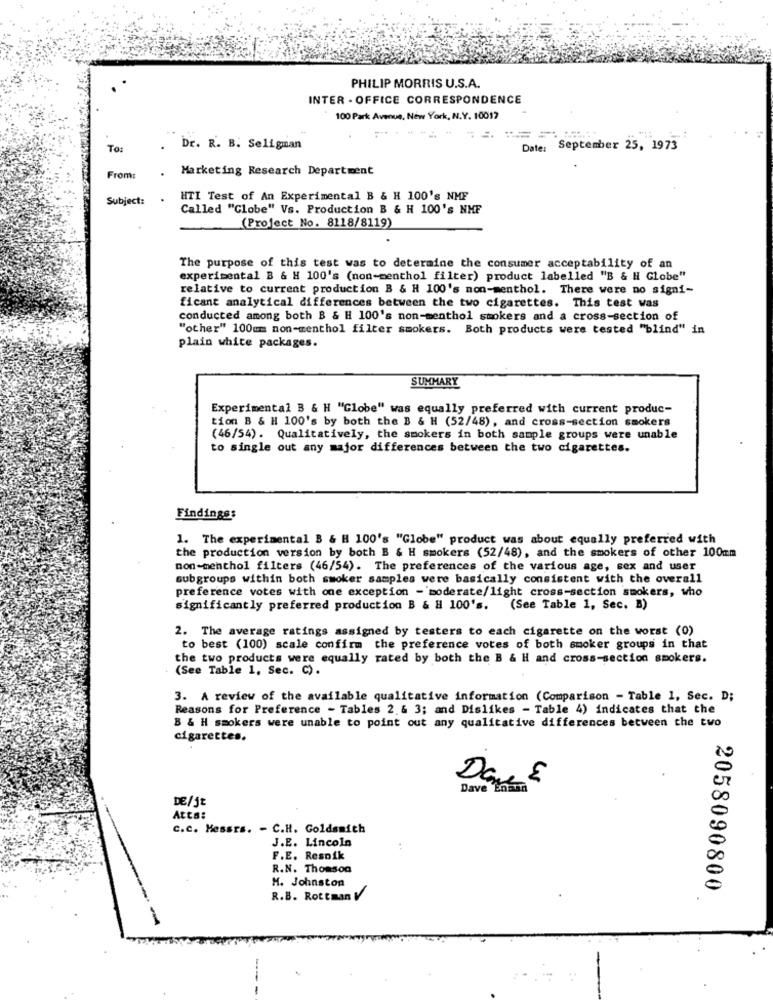
PHILIP MORRIS U.S.A.
INTER - OFFICE CORRESPONDENCE
100 Park Avenue, New York, N.Y. 10017
To:
Dr. R. B. Seligman
Date: September 25, 1973
Marketing Research Department
From:
Subject:
HTI Test of An Experimental B & H 100's NHF
Called "Globe" Vs. Production B & H 100's NHF
(Project No. 8118/8119)
The purpose of this test was to determine the consumer acceptability of an
experimental B & H 100's (non-menthol filter) product labelled "B & H Globe"
relative to current production B & H 100's non-menthol. There were no signi-
ficant analytical differences between the two cigarettes. This test was
conducted among both B & H 100's non-menthol stokers and a cross-section of
"other" 100um non-menthol filter smokers. Both products were tested "blind" in
plain white packages.
SUMMARY
Experimental B & H "Globe" was equally preferred with current produc-
tion B & H 100's by both the B & H (52/48), and cross-section smokers
(46/54). Qualitatively, the smokers in both sample groups were unable
to single out any major differences between the two cigarettes.
Findings:
1. The experimental B & H 100's "Globe" product was about equally preferred with
the production version by both B & H smokers (52/48), and the smokers of other 100mm
non-menthol filters (46/54). The preferences of the various age, sex and user
subgroups within both smoker samples were basically consistent with the overall
preference votes with one exception - moderate/light cross-section smokers, who
significantly preferred production B & H 100's.
(See Table 1, Sec. B)
2. The average ratings assigned by testers to each cigarette on the worst (0)
to best (100) scale confirm the preference votes of both smoker groups in that
the two products were equally rated by both the B & H and cross-section smokers.
(See Table 1, Sec. C).
3. A review of the available qualitative information (Comparison - Table 1, Sec. D;
Reasons for Preference - Tables 2.& 3; and Dislikes - Table 4) indicates that the
B & H smokers were unable to point out any qualitative differences between the two
cigarettes.
Dave &
Dave Enmin
..
DE/jt
Atts:
C.C. Messrs. - C.H. Goldsmith
J.E. Lincoln
F.E. Resoik
R.N. Thomson
H. Johnston
2058090800
R.B. Rottman V